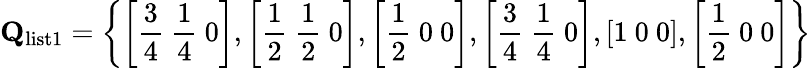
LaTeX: \mathbf{Q}_{\mathrm{list1}}=\left\{ \left[\frac{3}{4}\ \frac{1}{4}\ 0\right],\left[\frac{1}{2}\ \frac{1}{2}\ 0\right],\left[\frac{1}{2}\ 0\ 0\right],\left[\frac{3}{4}\ \frac{1}{4}\ 0\right],\left[1\ 0\ 0\right],\left[\frac{1}{2}\ 0\ 0\right]\right\}